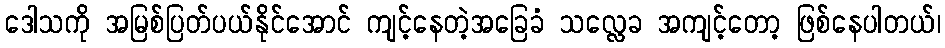
ဒေါသကို အမြစ်ပြတ်ပယ်နိုင်အောင် ကျင့်နေတဲ့အခြေခံ သလ္လေခ အကျင့်တော့ ဖြစ်နေပါတယ်၊